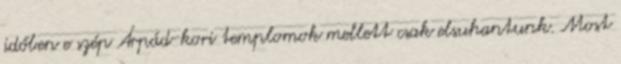
időben e szép Árpád-kori templomok mellett csak elsuhantunk. Most